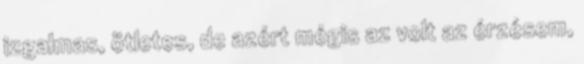
izgalmas, ötletes, de azért mégis az volt az érzésem,